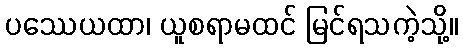
ပဿေယထာ၊ ယူစရာမထင် မြင်ရသကဲ့သို့။